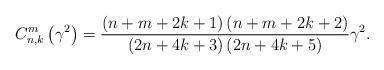
LaTeX: \begin{align*}C_{n,k}^{m}\left( {\gamma^{2}}\right) =\frac{\left( {n+m+2k+1}\right)\left( {n+m+2k+2}\right) }{\left( {2n+4k+3}\right) \left( {2n+4k+5}\right) }\gamma^{2}. \end{align*}